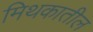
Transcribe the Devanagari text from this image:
मिथकातील